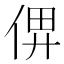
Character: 𠉶